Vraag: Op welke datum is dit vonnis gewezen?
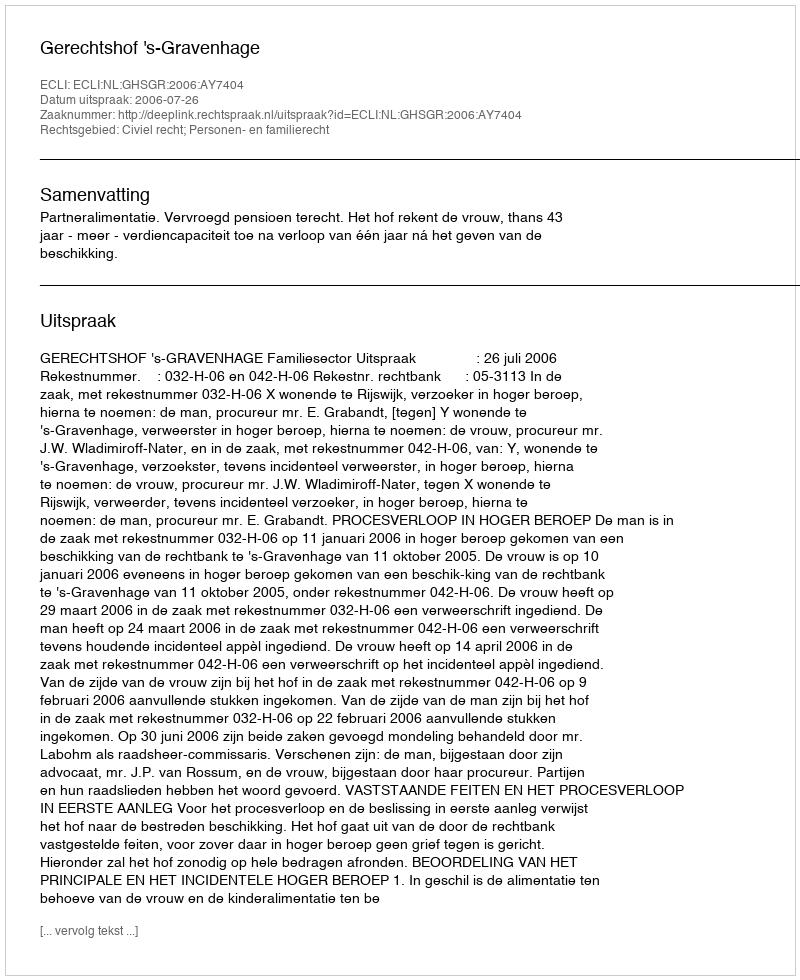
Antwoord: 2006-07-26